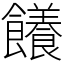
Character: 䭥